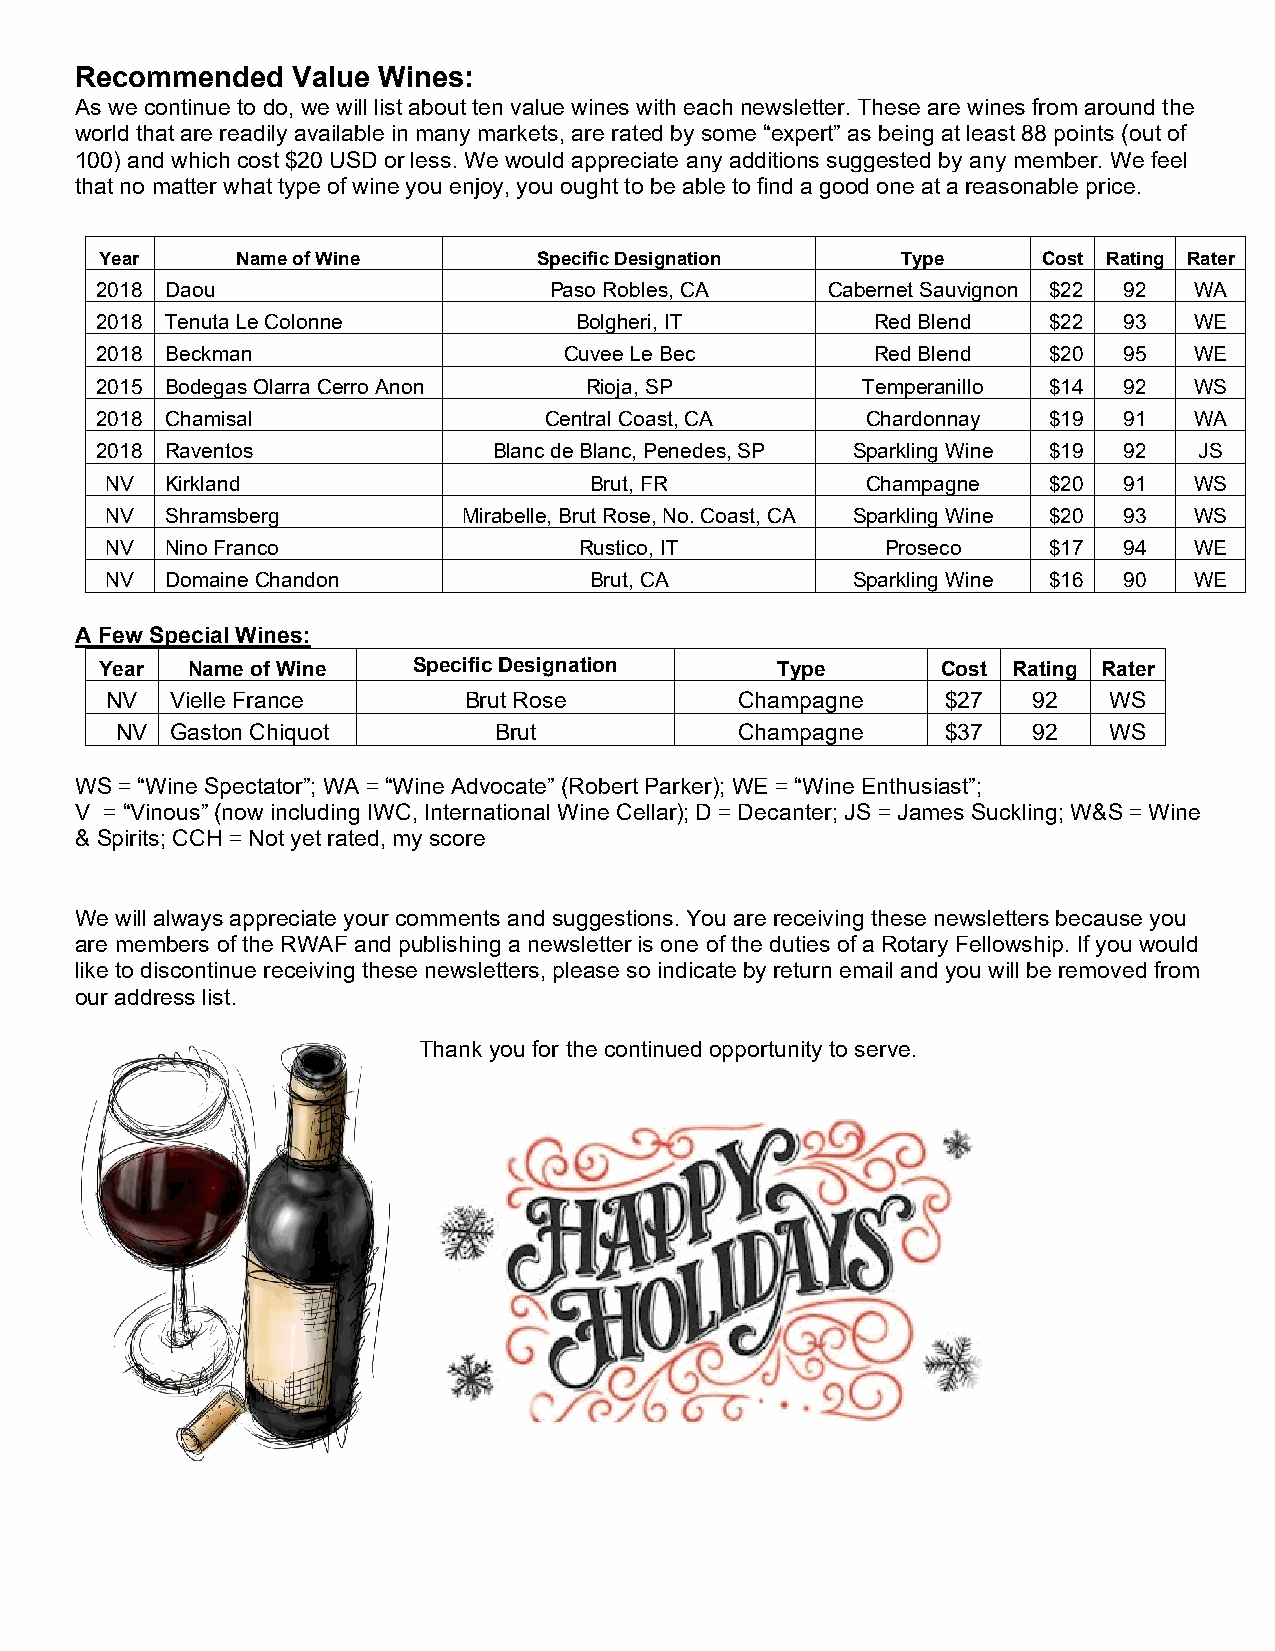
Recommended   Value Wines:
 As we continue to do, we will list about ten value wines with each newsletter. These are wines from around the
 world that are readily available in many markets, are rated by some “expert” as being at least 88 points (out of
 100) and which cost $20 USD or less. We would appreciate any additions suggested by any member. We feel
 that no matter what type of wine you enjoy, you ought to be able to find a good one at a reasonable price.
 Year     Name of Wine        Specific Designation    Type     Cost Rating Rater
 2018 Daou                     Paso Robles, CA    Cabernet Sauvignon $22 92 WA
 2018 Tenuta Le Colonne          Bolgheri, IT        Red Blend  $22  93   WE
 2018 Beckman                   Cuvee Le Bec         Red Blend  $20  95   WE
 2015 Bodegas Olarra Cerro Anon   Rioja, SP         Temperanillo $14 92   WS
 2018 Chamisal                 Central Coast, CA    Chardonnay  $19  91   WA
 2018 Raventos              Blanc de Blanc, Penedes, SP Sparkling Wine $19 92 JS
 NV  Kirkland                    Brut, FR          Champagne   $20  91   WS
 NV  Shramsberg          Mirabelle, Brut Rose, No. Coast, CA Sparkling Wine $20 93 WS
 NV  Nino Franco                Rustico, IT          Proseco   $17  94   WE
 NV  Domaine Chandon             Brut, CA         Sparkling Wine $16 90  WE
 A Few Special Wines:
 Year Name of Wine   Specific Designation    Type       Cost Rating Rater
 NV  Vielle France       Brut Rose         Champagne     $27  92   WS
 NV Gaston Chiquot        Brut            Champagne     $37  92   WS
 WS = “Wine Spectator”; WA = “Wine Advocate” (Robert Parker); WE = “Wine Enthusiast”;
 V = “Vinous” (now including IWC, International Wine Cellar); D = Decanter; JS = James Suckling; W&S = Wine
 & Spirits; CCH = Not yet rated, my score
 We will always appreciate your comments and suggestions. You are receiving these newsletters because you
 are members of the RWAF and publishing a newsletter is one of the duties of a Rotary Fellowship. If you would
 like to discontinue receiving these newsletters, please so indicate by return email and you will be removed from
 our address list.
 Thank you for the continued opportunity to serve.